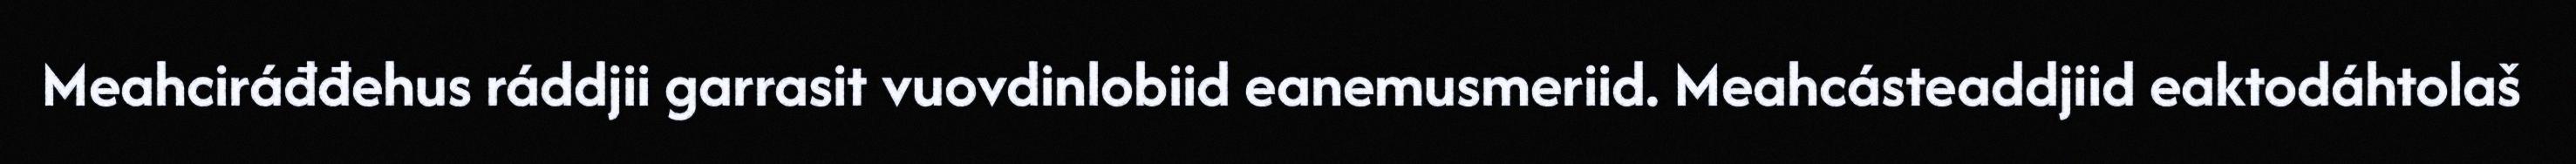
Meahciráđđehus ráddjii garrasit vuovdinlobiid eanemusmeriid. Meahcásteaddjiid eaktodáhtolaš